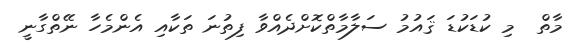
މާތް  މި ކުޑަކުޑަ ޤައުމު ސަލާމާތްކޮށްދެއްވާ ފިތުނަ ތަކާއި އެންމެހާ ނޭތްގާނީ